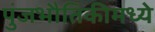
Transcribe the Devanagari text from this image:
पुंजभौतिकीमध्ये